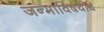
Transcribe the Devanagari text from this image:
जन्माविषयीचे